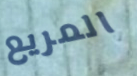
المريع